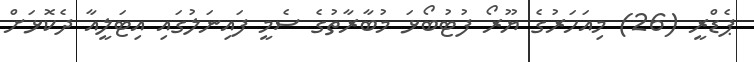
ޕެޑްރީ (26) މިއަހަރުގެ ޔޫރޯ ފުޓުބޯޅަ މުބާރާތުގެ ސެމީ ފައިނަލުގައި އިޓަލީއާ ދެކޮޅަށް